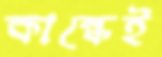
কান্ধেই